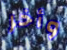
وأخر